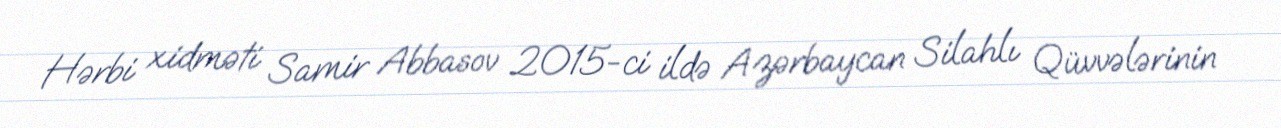
Hərbi xidməti Samir Abbasov 2015-ci ildə Azərbaycan Silahlı Qüvvələrinin